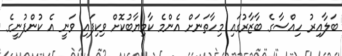
ބަލާއިރު ހިއްސާގެ ބާޒާރުގައި މިހާތަނަށް އެންމެ ކާމިޔާބުކޮށް ވިކިފައި ވަނީ އެ ކުންފުނީގެ